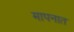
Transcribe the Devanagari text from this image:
मापनात